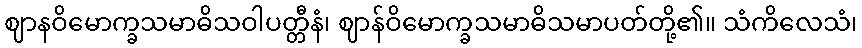
ဈာနဝိမောက္ခသမာဓိသဝါပတ္တီနံ၊ ဈာန်ဝိမောက္ခသမာဓိသမာပတ်တို့၏။ သံကိလေသံ၊